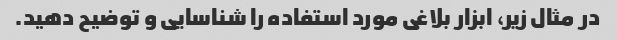
در مثال زیر، ابزار بلاغی مورد استفاده را شناسایی و توضیح دهید.